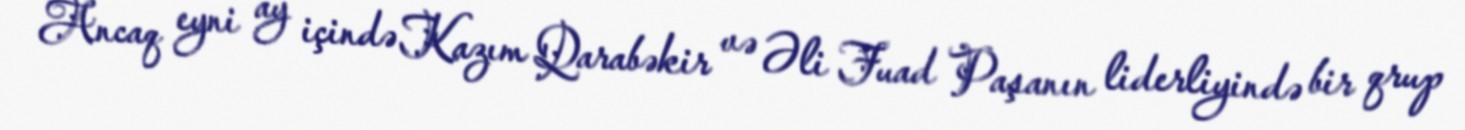
Ancaq eyni ay içində Kazım Qarabəkir və Əli Fuad Paşanın liderliyində bir qrup